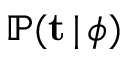
\mathbb { P } ( \mathbf { t } \, | \, \phi )